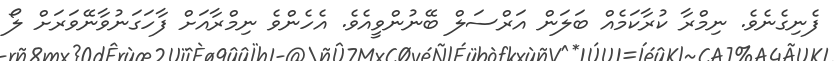
ފެނިގެނެވެ. ނިމްރާ ކުރާކަމެއް ބަލަން އަރްސަލް ބޭނުންވީއެވެ. އެހެންވެ ނިމްރާއަށް ފާހަގަނުވާނޭވަރަށް ލޯ